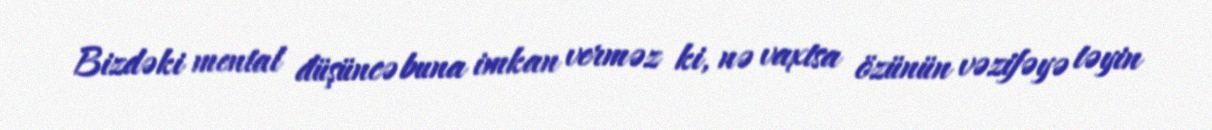
Bizdəki mental düşüncə buna imkan verməz ki, nə vaxtsa özünün vəzifəyə təyin